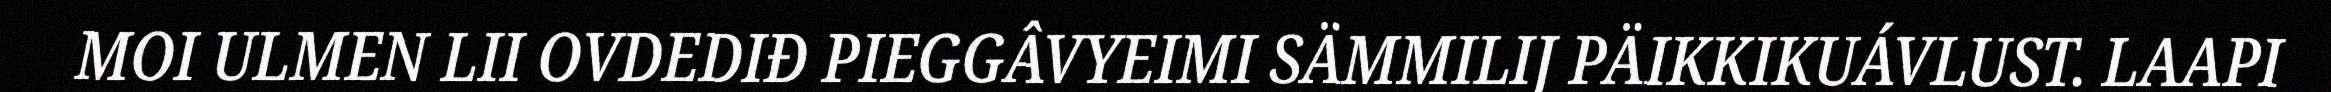
MOI ULMEN LII OVDEDIĐ PIEGGÂVYEIMI SÄMMILIJ PÄIKKIKUÁVLUST. LAAPI